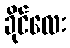
ခိုင်လေး